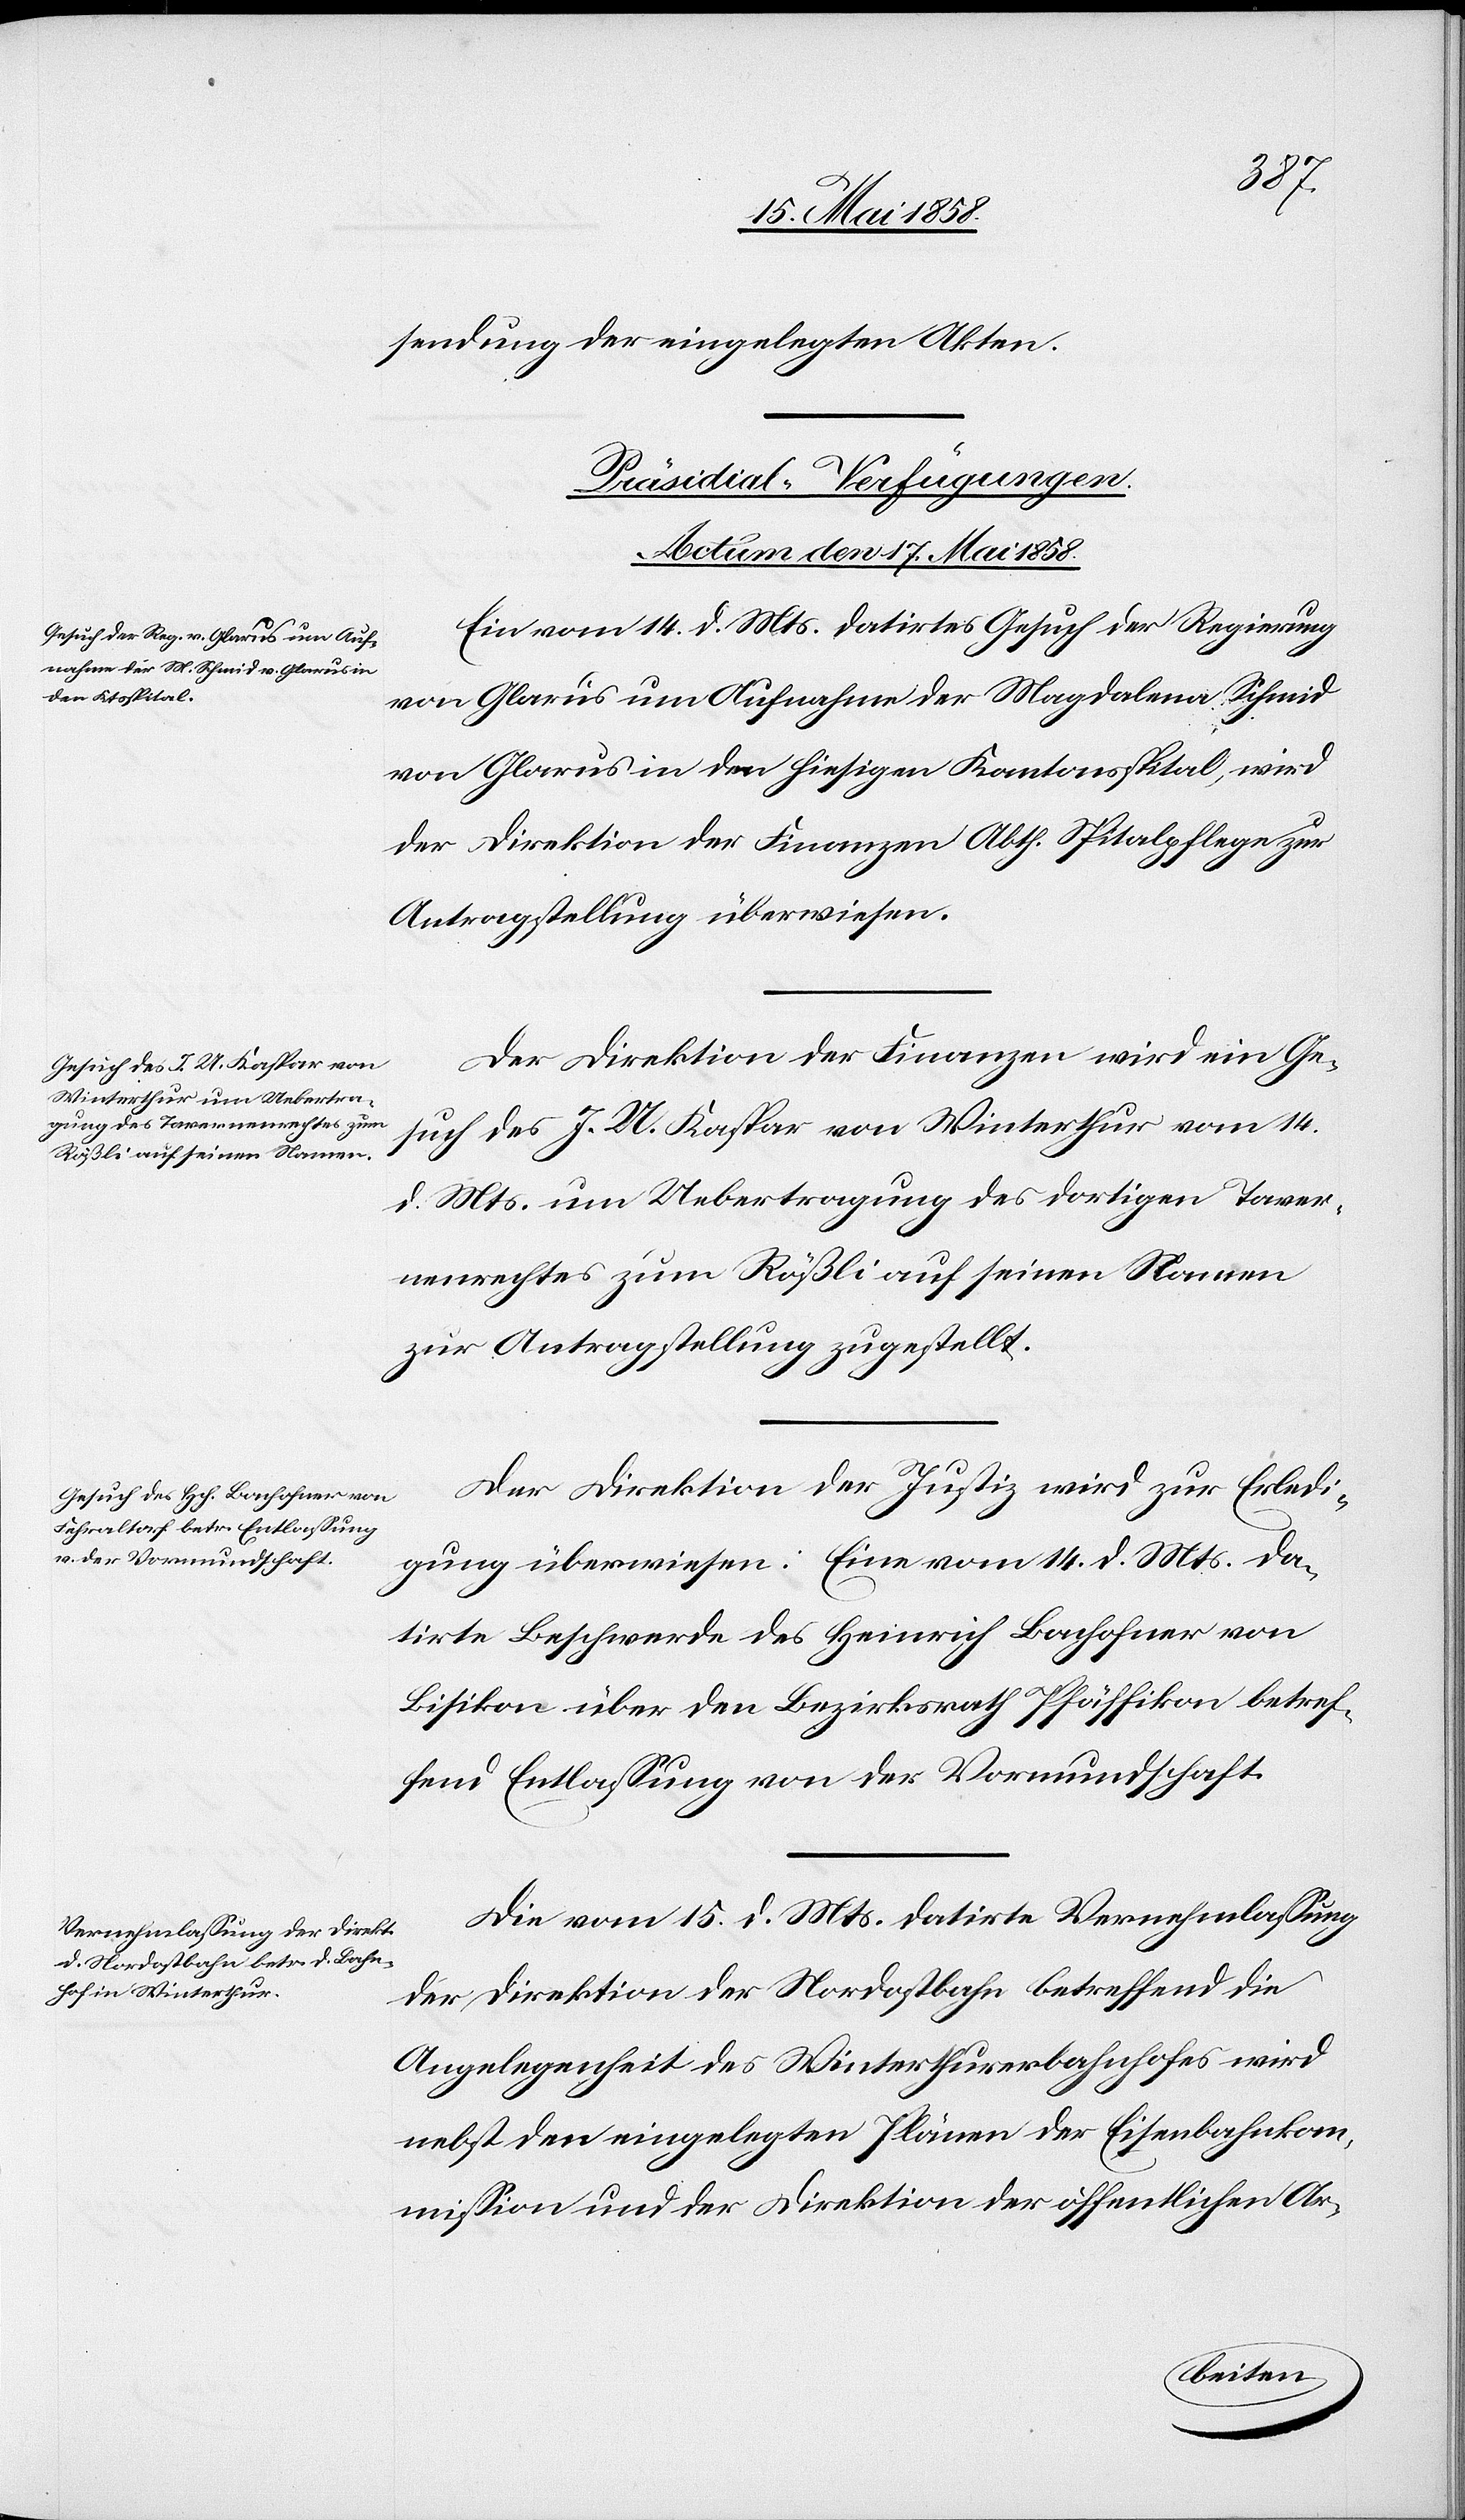
sendung der eingelegten Akten.
[Präsidial-Verfügungen.
Actum den 17. Mai 1858.]
Ein vom 14. d. Mts. datirtes Gesuch der Regierung
von Glarus um Aufnahme der Magdalena Schmid
von Glarus in den hiesigen Kantonsspital, wird
der Direktion der Finanzen Abth. Spitalpflege zur
Antragstellung überwiesen.
Der Direktion der Finanzen wird ein Ge¬
such des J. U. Kaspar von Winterthur vom 14.
d. Mts. um Uebertragung des dortigen Taver¬
nenrechtes zum Rößli auf seinen Namen
zur Antragstellung zugestellt.
Der Direktion der Justiz wird zur Erledi¬
gung überwiesen: Eine vom 14. d. Mts. da¬
tirte Beschwerde des Heinrich Bachofner von
Bisikon über den Bezirksrath Pfäffikon betref¬
fend Entlassung von der Vormundschaft.
Die vom 15. d. Mts. datirte Vernehmlassung
der Direktion der Nordostbahn betreffend die
Angelegenheit des Winterthurerbahnhofes wird
nebst den eingelegten Plänen der Eisenbahnkom¬
mission und der Direktion der öffentlichen Ar-